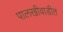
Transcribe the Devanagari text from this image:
पालखीवाडीत